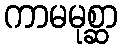
ကာမမုစ္ဆာ